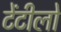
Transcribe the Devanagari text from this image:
टेंटीलो